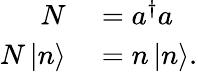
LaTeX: \begin{array}{rl}{N}&{{}=a^{\dagger}a}\\ {N\left|n\right\rangle}&{{}=n\left|n\right\rangle.}\end{array}